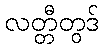
လတ္တီတွဒ်